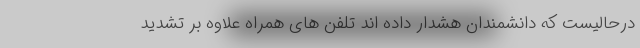
درحالیست که دانشمندان هشدار داده اند تلفن های همراه علاوه بر تشدید